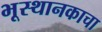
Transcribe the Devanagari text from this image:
भूस्थानकाचा